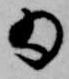
為